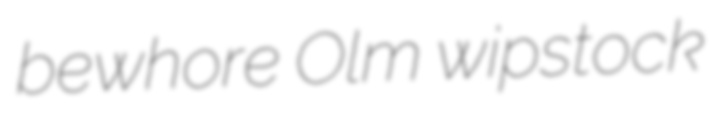
bewhore Olm wipstock